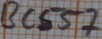
Text: BC557